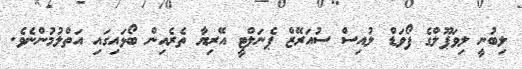
ލިބުނީ ލިވަޕޫލްގެ ފޯވަޑް ލުއިސް ސުއަރޭޒް ޕެނަލްޓީ އޭރިޔާ ތެރެއިން ބޯޅައިގައި އަތްލުމުންނެވެ.